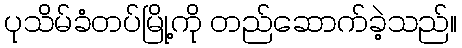
ပုသိမ်ခံတပ်မြို့ကို တည်ဆောက်ခဲ့သည်။